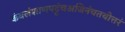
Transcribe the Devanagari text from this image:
कंबलंशाणपट्टंचअजिनंचतथोत्तरं